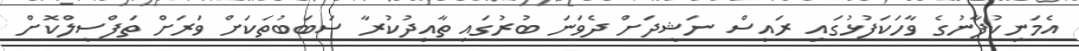
އެމަނިކުފާނުގެ ވާހަކަފުޅުގައި ރައީސް ނަޝީދަށް ދެވަނަ ބުރުގައި ތާއީދުކުރާ ސަބަބުތަކަށް ވަރަށް ތަފްސީލްކޮށް